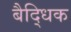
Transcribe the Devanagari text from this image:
बैद्धिक